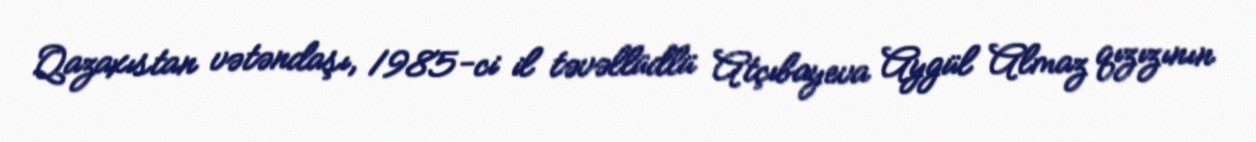
Qazaxıstan vətəndaşı, 1985-ci il təvəllüdlü Atçıbayeva Aygül Almaz qızızının